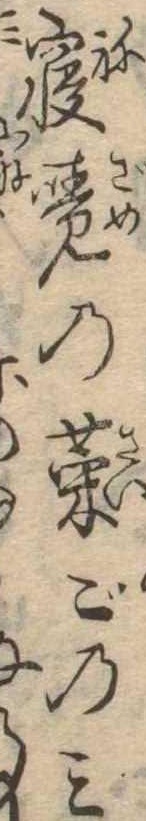
寝覚の菜ごのみ